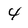
Character: 4